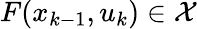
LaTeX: F(x_{k-1},u_{k})\in\mathcal{X}